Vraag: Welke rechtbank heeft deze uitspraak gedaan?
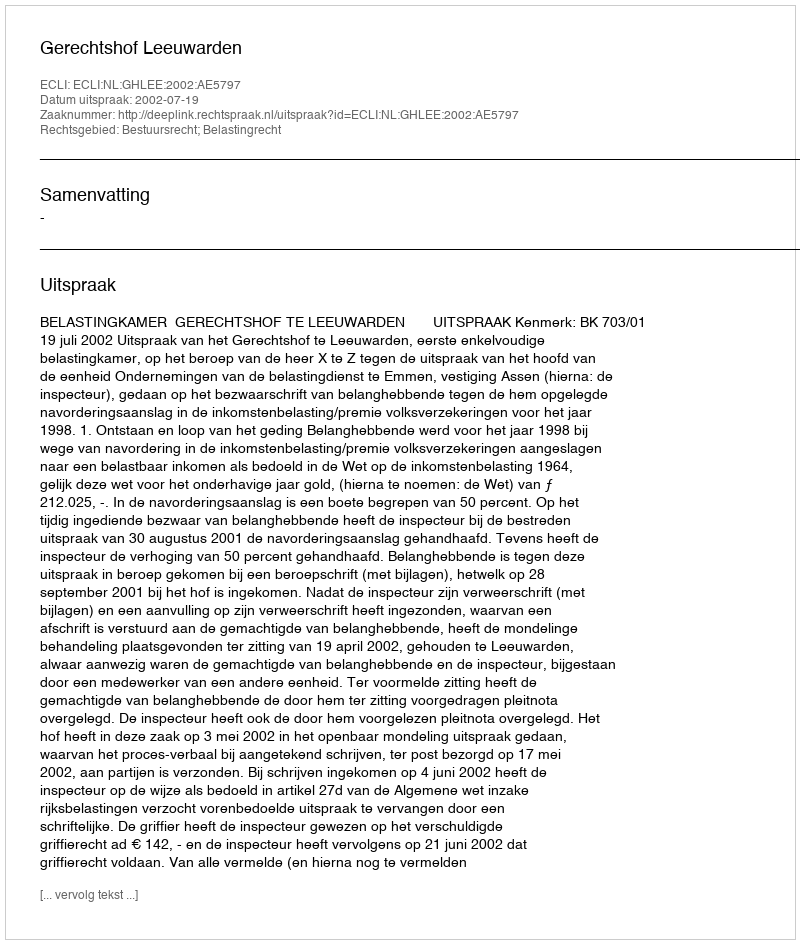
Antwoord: Gerechtshof Leeuwarden